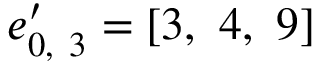
\boldsymbol { e } _ { 0 , \ 3 } ^ { \prime } = \left[ 3 , \ 4 , \ 9 \right]